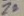
Text: Z2